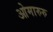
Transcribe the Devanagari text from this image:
ओमारुरु